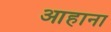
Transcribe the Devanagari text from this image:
आहाना